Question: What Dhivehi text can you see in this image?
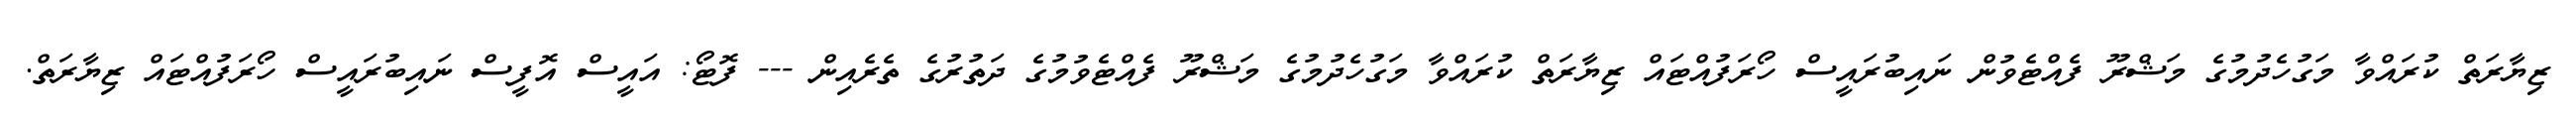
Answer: ޒިޔާރަތް ކުރައްވާ މަގުހެދުމުގެ މަޝްރޫ ފެއްޓެވުން ނައިބުރައީސް ހޯރަފުއްޓައް ޒިޔާރަތް ކުރައްވާ މަގުހެދުމުގެ މަޝްރޫ ފެއްޓެވުމުގެ ދަތުރުގެ ތެރެއިން --- ފޮޓޯ: އައީސް އޮފީސް ނައިބުރައީސް ހޯރަފުއްޓައް ޒިޔާރަތް.